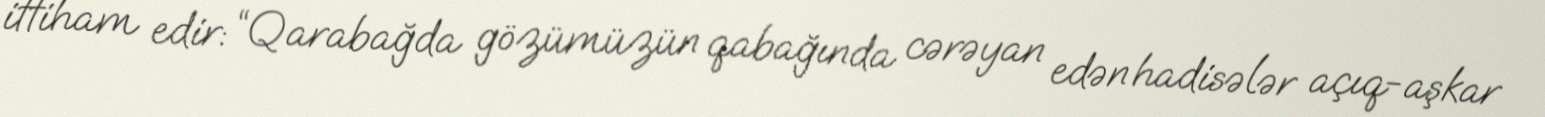
ittiham edir: “Qarabağda gözümüzün qabağında cərəyan edən hadisələr açıq-aşkar